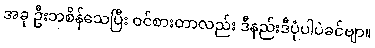
အခု ဦးဘစိန်သေပြီး ဝင်စားတာလည်း ဒီနည်းဒီပုံပါပဲခင်ဗျာ။